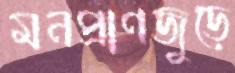
মনপ্রাণজুড়ে